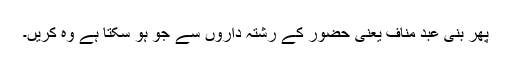
پھر بنی عبد مناف یعنی حضورؐ کے رشتہ داروں سے جو ہو سکتا ہے وہ کریں۔